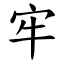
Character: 牢